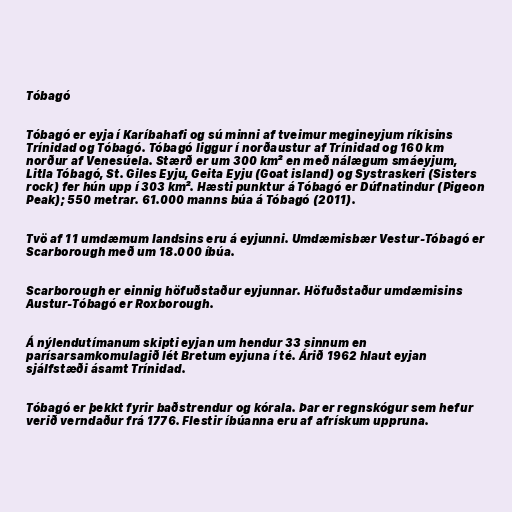
Tóbagó

Tóbagó er eyja í Karíbahafi og sú minni af tveimur megineyjum ríkisins
Trínidad og Tóbagó. Tóbagó liggur í norðaustur af Trínidad og 160 km
norður af Venesúela. Stærð er um 300 km² en með nálægum smáeyjum,
Litla Tóbagó, St. Giles Eyju, Geita Eyju (Goat island) og Systraskeri (Sisters
rock) fer hún upp í 303 km². Hæsti punktur á Tóbagó er Dúfnatindur (Pigeon
Peak); 550 metrar. 61.000 manns búa á Tóbagó (2011).

Tvö af 11 umdæmum landsins eru á eyjunni. Umdæmisbær Vestur-Tóbagó er
Scarborough með um 18.000 íbúa.

Scarborough er einnig höfuðstaður eyjunnar. Höfuðstaður umdæmisins
Austur-Tóbagó er Roxborough.

Á nýlendutímanum skipti eyjan um hendur 33 sinnum en
parísarsamkomulagið lét Bretum eyjuna í té. Árið 1962 hlaut eyjan
sjálfstæði ásamt Trínidad.

Tóbagó er þekkt fyrir baðstrendur og kórala. Þar er regnskógur sem hefur
verið verndaður frá 1776. Flestir íbúanna eru af afrískum uppruna.